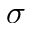
\sigma